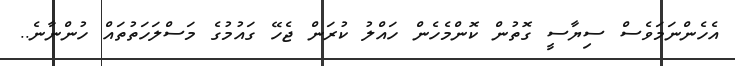
އެހެންނަމަވެސް ސިޔާސީ ގޮތުން ކޮންމެހެން ހައްލު ކުރަން ޖެހޭ ގައުމުގެ މަސްލަހަތުތައް ހުންނާނެ..